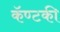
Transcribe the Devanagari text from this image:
कॅण्टकी